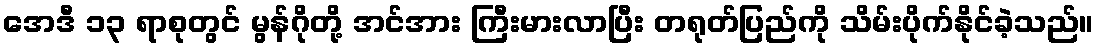
အေဒီ ၁၃ ရာစုတွင် မွန်ဂိုတို့ အင်အား ကြီးမားလာပြီး တရုတ်ပြည်ကို သိမ်းပိုက်နိုင်ခဲ့သည်။